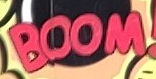
BOOM